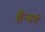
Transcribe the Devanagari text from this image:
शैन्बर्ग